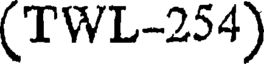
(TWL-254)